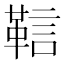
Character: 䩧